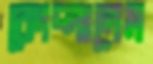
কোদ্‌লালেম